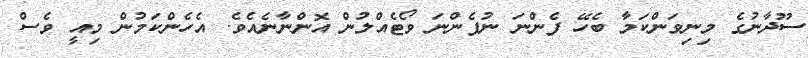
ސޫދާނުގެ މިނިވަންކަމާ ބެހޭ ފެންނަ ނުފެންނަ ވޯޓެއްލުން އޮންނާނެއެވެ. އެހެންކަމުން މިއީ ވެސް